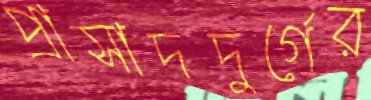
প্রাসাদদুর্গের